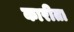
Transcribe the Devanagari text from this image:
कारीता